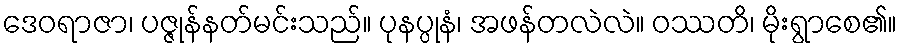
ဒေဝရာဇာ၊ ပဇ္ဇုန်နတ်မင်းသည်။ ပုနပ္ပုနံ၊ အဖန်တလဲလဲ။ ဝဿတိ၊ မိုးရွာစေ၏။